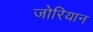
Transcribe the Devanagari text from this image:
जोरियान